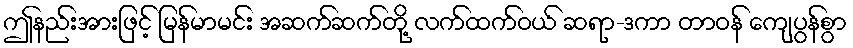
ဤနည်းအားဖြင့် မြန်မာမင်း အဆက်ဆက်တို့ လက်ထက်ဝယ် ဆရာ-ဒကာ တာဝန် ကျေပွန်စွာ